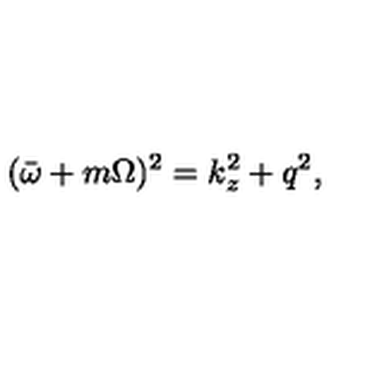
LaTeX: ( \bar { \omega } + m \Omega ) ^ { 2 } = k _ { z } ^ { 2 } + q ^ { 2 } ,